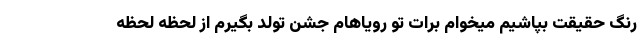
رنگ حقیقت بپاشیم میخوام برات تو رویاهام جشن تولد بگیرم از لحظه لحظه